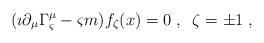
LaTeX: \begin{align*}(\imath\partial_\mu\Gamma^\mu_{\varsigma}-\varsigma m)f_\zeta(x)=0\;,\;\;\zeta =\pm 1\;,\end{align*}